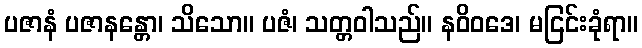
ပဇာနံ ပဇာနန္တော၊ သိသော။ ပဇံ၊ သတ္တဝါသည်။ နဝိဝဒေ၊ မငြင်းခုံရာ။